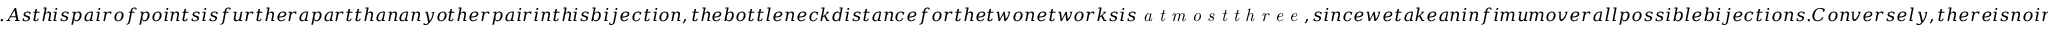
. A s t h i s p a i r o f p o i n t s i s f u r t h e r a p a r t t h a n a n y o t h e r p a i r i n t h i s b i j e c t i o n , t h e b o t t l e n e c k d i s t a n c e f o r t h e t w o n e t w o r k s i s \emph { a t m o s t t h r e e } , s i n c e w e t a k e a n i n f i m u m o v e r a l l p o s s i b l e b i j e c t i o n s . C o n v e r s e l y , t h e r e i s n o i n t e r v a l i n t h e h e x a g o n a l p e r s i s t e n c e d i a g r a m t h a t i s c l o s e r t o